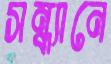
সন্ধ্যানে